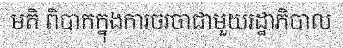
មតិ ពិបាកក្នុងការចរចាជាមួយរដ្ឋាភិបាល